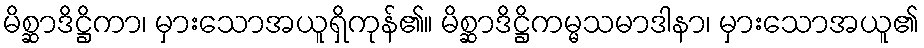
မိစ္ဆာဒိဋ္ဌိကာ၊ မှားသောအယူရှိကုန်၏။ မိစ္ဆာဒိဋ္ဌိကမ္မသမာဒါနာ၊ မှားသောအယူ၏